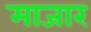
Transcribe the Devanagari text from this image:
माजार